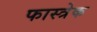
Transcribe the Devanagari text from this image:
फास्त्रेक